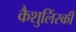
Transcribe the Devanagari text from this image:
कैशुलिंस्की